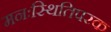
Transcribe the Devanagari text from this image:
मनःस्थितिपरक